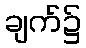
ချက်၌